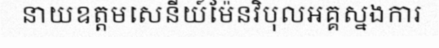
នាយឧត្តមសេនីយ៍ម៉ែនវិបុលអគ្គស្នងការ